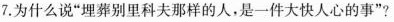
7.为什么说”埋葬别里科夫那样的人，是一件大快人心的事”?